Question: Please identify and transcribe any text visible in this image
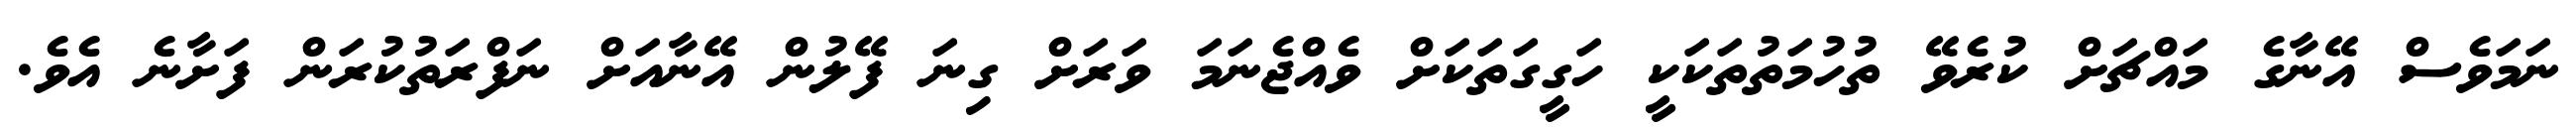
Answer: ނަމަވެސް އޭނާގެ މައްޗަށް ކުރެވޭ ތުހުމަތުތަކަކީ ހަގީގަތަކަށް ވެއްޖެނަމަ ވަރަށް ގިނަ ފޭލުން އޭނާއަށް ނަފްރަތުކުރަން ފަށާނެ އެވެ.